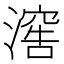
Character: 𣽸